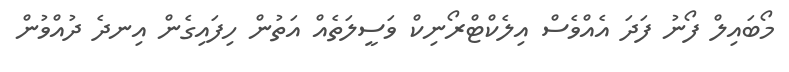
މޯބައިލް ފޯނު ފަދަ އެއްވެސް އިލެކްޓްރޯނިކް ވަސީލަތެއް އަތުން ހިފައިގެން އިނދެ ދުއްވުން